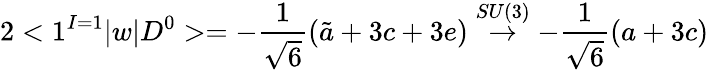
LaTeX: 2<1^{I=1}|w|D^{0}>=-\frac{1}{\sqrt{6}}(\tilde{a}+3c+3e)\stackrel{SU(3)}{\rightarrow}-\frac{1}{\sqrt{6}}(a+3c)